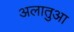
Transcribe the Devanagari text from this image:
अलातुआ